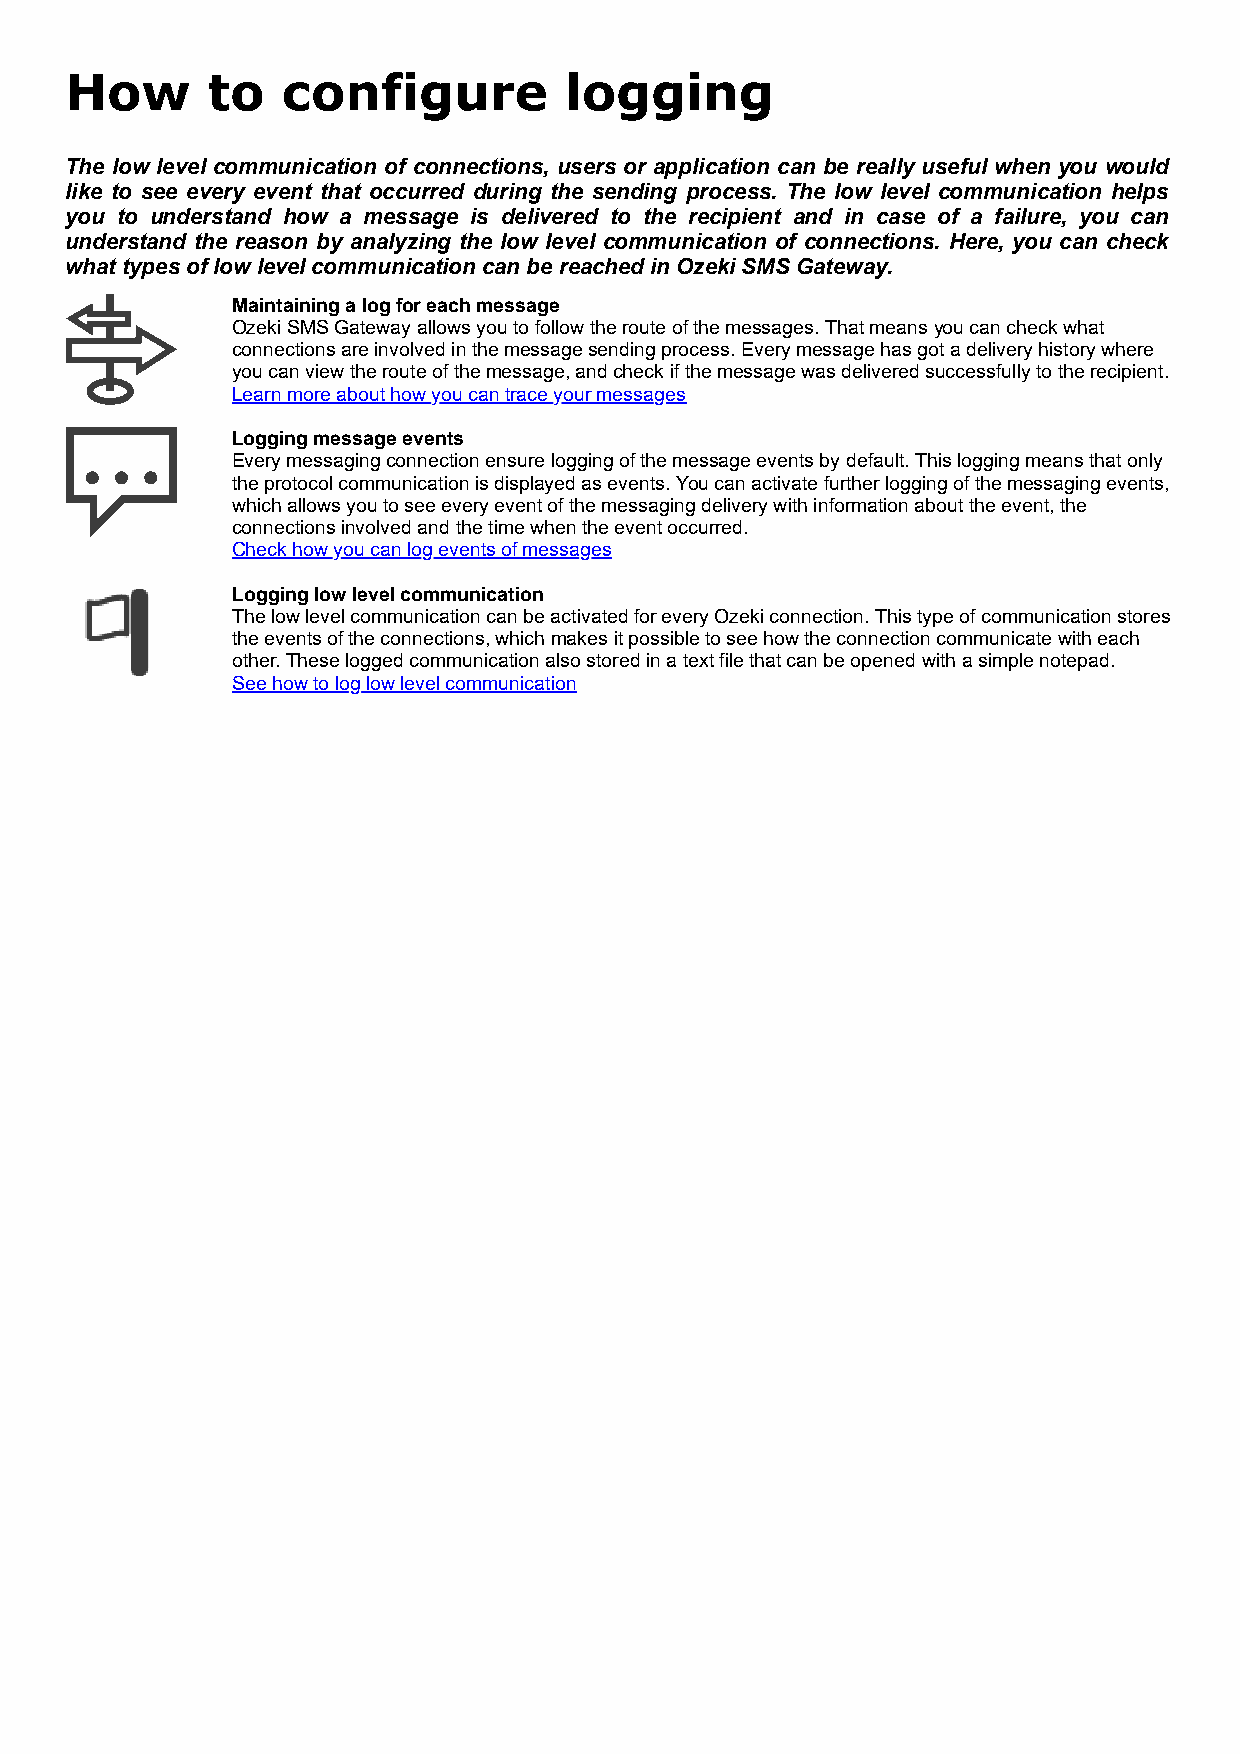
How       to   configure         logging
 The low level communication of connections, users or application can be really useful when you would
 like to see every event that occurred during the sending process. The low level communication helps
 you to understand how a message is delivered to the recipient and in case of a failure, you can
 understand the reason by analyzing the low level communication of connections. Here, you can check
 what types of low level communication can be reached in Ozeki SMS Gateway.
 Maintaining a log for each message
 Ozeki SMS Gateway allows you to follow the route of the messages. That means you can check what
 connections are involved in the message sending process. Every message has got a delivery history where
 you can view the route of the message, and check if the message was delivered successfully to the recipient.
 Learn more about how you can trace your messages
 Logging message events
 Every messaging connection ensure logging of the message events by default. This logging means that only
 the protocol communication is displayed as events. You can activate further logging of the messaging events,
 which allows you to see every event of the messaging delivery with information about the event, the
 connections involved and the time when the event occurred.
 Check how you can log events of messages
 Logging low level communication
 The low level communication can be activated for every Ozeki connection. This type of communication stores
 the events of the connections, which makes it possible to see how the connection communicate with each
 other. These logged communication also stored in a text file that can be opened with a simple notepad.
 See how to log low level communication